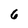
Character: 6